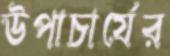
উপাচার্যের